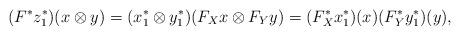
LaTeX: \begin{align*} (F^*z_1^*)(x\otimes y)=(x_1^*\otimes y_1^*)(F_Xx\otimes F_Y y)=(F_X^*x_1^*)(x)(F_Y^*y_1^*)(y), \end{align*}